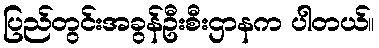
ပြည်တွင်းအခွန်ဦးစီးဌာနက ပါတယ်။